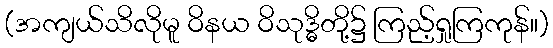
(အကျယ်သိလိုမူ ဝိနယ ဝိသုဒ္ဓိတို့၌ ကြည့်ရှုကြကုန်။)